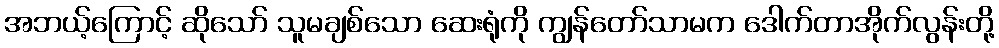
အဘယ့်ကြောင့် ဆိုသော် သူမချစ်သော ဆေးရုံကို ကျွန်တော်သာမက ဒေါက်တာအိုက်လွန်းတို့